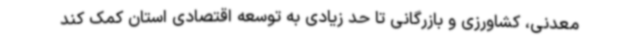
معدنی، کشاورزی و بازرگانی تا حد زیادی به توسعه اقتصادی استان کمک کند